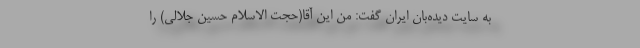
به سایت دیده‌بان ایران گفت: من این آقا(حجت الاسلام حسین جلالی) را